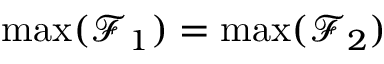
\operatorname* { m a x } ( \mathcal { F } _ { 1 } ) = \operatorname* { m a x } ( \mathcal { F } _ { 2 } )